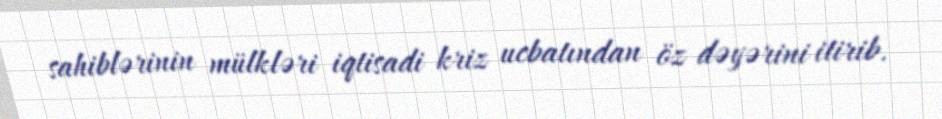
sahiblərinin mülkləri iqtisadi kriz ucbatından öz dəyərini itirib.